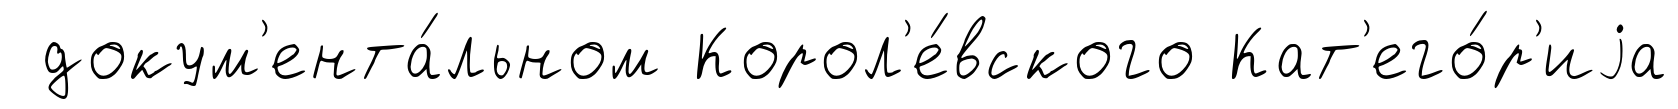
докум'ента́льном Корол'е́вского Кат'его́р'иjа